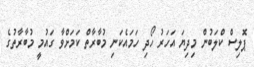
ޕޮލިސް ކްލަބުން މިދިޔަ އަހަރު ހޯދި ހަމައެކަނި މުބާރާތް ކަމަށްވާ ގައުމީ މުބާރާތުގެ